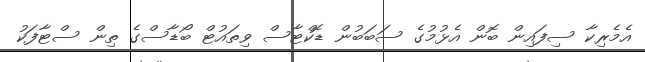
އެމެރިކާ ސިފައިން ބޮން އެޅުމުގެ ސަބަބުން ޑޮކްޓާސް ވިތައުޓް ބޯޑާސްގެ ތިން ސްޓާފަކު